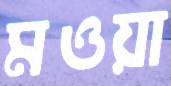
মওয়া